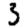
Digit: 3